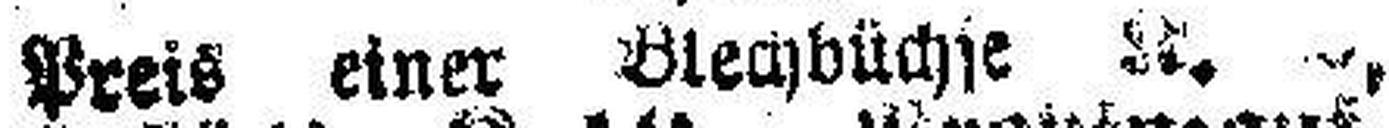
Preis einer Blechbüchse ###